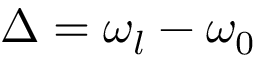
\Delta = \omega _ { l } - \omega _ { 0 }